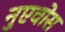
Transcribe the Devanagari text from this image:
नुएवोस